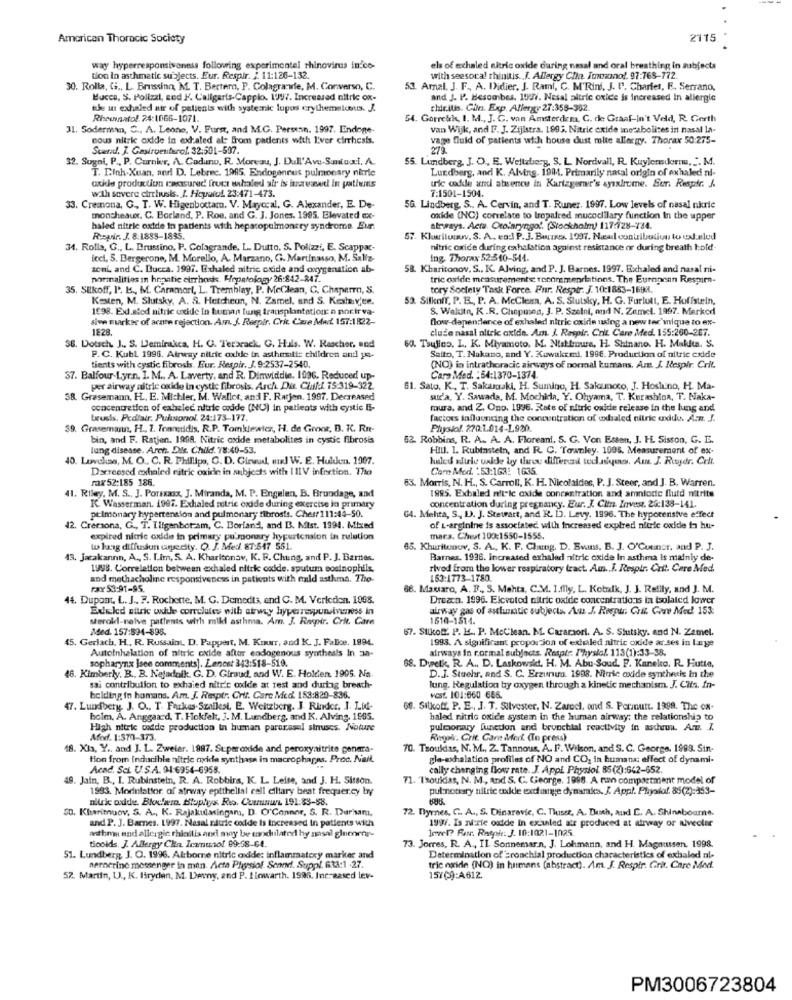
American Thoracic Society
2115
way hyperresponsiveness following experimentel rhinovirus in co-
els of exhaled nitric oxide during nasal and oral breathing in subjects
tion in asthmatic subjects. Eur. Respir. / 11:126-132.
with seesoca! rhinitis. J. Allergy Clin. Immuno !. 97:768-772.
30. Rolla, G ., L. Brussinn, M. T. Bertem, P. Colagranule, M. Converso, C.
53. Amal. J. F ., A. Didier, J. Rami, C. M'Rini, J. I', Charfel, F. Serrano,
Mucca, S. Polizzi, sed F. Caligaris-Cappio. 197. Increased nitric ox-
and J. P. Besombes. 1997. Nesal altric oxide is increased In allergic
the in exhaled atr of patients with systemic lupos crythemelcous. J.
chir.ilis. Giln. Exp. Allergy 27:358-352.
Rhewinatol. 24:1066-1071.
54. Gorrekk, I. M ., J. G. van Amsterdam, C. de Graaf-In't Veld, R. Gerth
31. Soderman, C ., A. Leone, V. Furst, and M.G. Personn. 1997. Endone
van Wijk, and F. J. Zijlstra, 1993. Nitric oxide inesabolites in nasal la-
nous nitric oxide in extated als from padents with L'ver cirrhosis.
vage fluid of patients with house dust molte allergy. Thorax 50:275-
Scared, J. Gastroenterol. 32:501-507.
272.
32. Sugal, P ., P. Curnier, A. Codunu, R. Moreau, J. Dall'Ave-Smiacti. A.
55. Lundberg, J. O ., E. Wellaberg, S. L. Nordvall, R. Kuylensierru, ". M.
T. D.Inh-Xuan, and D. Lebrec. 1985. Endogenous pulmonary nimrie
Lundberg, and K. Alving. 1941. Primarily nacal origin of exhaledi ni-
axkle production caccunud fruct whaled air is increased in patients
with sovere currhusks. I. Hopeful. 23:471-473.
ric oxfile and absence in Karizgerner's ayıxlrome. Ber. Respir. A.
7:1501-1504.
33. Cremona, G ., T. W. Higenbottam. V. Maryccal, G. Alexander, E. De-
56. Lindberg, S .. A. Cervin, and T. Runer. 1997. Low levels of nasal nkrie
moncheaux. C. Borland, P. Roe, and G. J. Jones. 1995. Elevated ex-
oxide (NC) correlate to tropafred mucocillary function In the upper
haled nitric oxide in patients with hepatopulmoncry syndrome. Eur.
airways. Acta. Otolaryngol. (Stockholm) 117:128-184.
Regir. J. 8:1883-1835.
57. Kluciluwww. S. A. eod P. J. Buire. 1997. Nul contribution to ex.eled
34. Rolla, G ., L. Drussino. P. Colagrande. L. Dutto, S. Polizzi, E. Scappac-
nitric oxide during exhalstica against resistance or during breath hold
iccl. S. Bergerone, M. Morello, A. Marzano, G. Martinasso, M. Sallz-
Ing Thorax 52:340-544.
toni, and C. Bucca. 1997. Exhaled nitric oxide and oxygenation ab-
58. Kharitonov. S ., K. Alving, and P. J. Barnes. 1997. Exchaled and nasal ni-
normalities in hepatic cirrhose. Hepatology 26:842-247.
tric oxide measurements recommendations. The European Respirn-
35. Silkoff, P. K ., M. Chramarl, L. Tremblay, P. MeClean, C. Cheperro, S.
tory Society Task Force. Fur. Resptr. J. 10:1883-1698.
Kosten, M. Slutsky, A. S. Hetcheon, N. Zamel, and S. Keslav'ee.
53. Silknir, P. E ., P. A. McClean, A. S. Slutsky, H. G. Furlott, E. Hoffstein,
1998. Ext.sied nitric oxide in human tung transplantation: n porir va-
S. Wakitn, K.R. Chopina, J. P. Szelni, and N. Zamel. 1997. Marked
sive marker of acate rejection. Am. J. Respir, Cri. Care Mwt. 157:1822-
flow-dependance of exhaled nitric oxide using a new tec'mique to ex-
1828
cluże nasal nitric oxide. Am. J. Respir. Crit Care Med. 155:260-207.
$6. Dotsch. J ., S. Demirakca, H. G. Terbrack, G. Hals. W. Rascher, and
60. Tsujico. L. K. Miyamoto, M. Niskimwe, H. Shinano. H. Makita. S.
P.C. Kubl 1996. Atrway nitric oxide in asthesitie children and ye-
Salto, T. Nakano, and Y. Kawakemi. 1996. Production of nitric cxide
tients with cystic fibrosis. Eur. Respir. J. 9:2537-2540.
(NO) in intrathoracic airways of normal humans. Am. J. Respir Crit.
$7. Balfour-Lyr.n. I. M ., A. Laverty, and R. Dinwiddie. 1996. Reduced up-
Care Med. : 54:1370-1374.
per airway nitric oxide in cystic fibrosis. Arch. Die Chuff 15:319-322
61. Sato, K, T. Sakamaki, H. Suming, H. Saloumoco, J. Hosiuno, H. Ma-
SB. Grasemann, H ., E. Michler, M. Wallet, and F. Rarjen. 1997. Decreased
sur'a, Y. Sawada, M. Mochida, Y. Ohyama, T. Kurashion, T. Naka-
concentration of exhele nitric oxide (NU) in patients with cystic E-
mura, and Z. Ono. 1996. Rate of nitric oxide release in the lung and
trusis, Pediair. Pulsionol. 24:173-177.
factors influencing the concentration of exhaled nitric enddu. A.m. J.
39. Grasemann, H ., 2. Tranetidis, R.P. Tomkiewicz, H. de Groot, B. K. Rnt-
Physiol. 270:1.914-L920.
bin, and F. Ratjen. 1998. Nitric oxide metabolites in cystic fibrosis
52. Robbins, R. A ., A. A. Floreani. S. G. Von Essen, J. H. Sisson, G. E.
lung disease. Arch. Dis. Child. 78:40-53.
Hill. 1. Rubinstein, and R. C. Townley. 1995. Measurement of ex-
40. Lowckas, M. O ., C. R. Phillips, C. D. Girwud, mu! W. E. Hulken. 1907.
hale's adirle valde by three differend today. Am J. Roydr. Crit.
Dareesed exhaled nitric oxide in subjects with IIIV infection. The
Care Med. : 53:163: 1635.
rax 52:185 186.
63. Morris, N. H ., S. Carroll, K. H. Nicolaides, P. J. Steer, and J. B. Warren.
41. Riley, M. S ., J. Porsasx, J. Miranda, M. P. Engelen, B. Brundage, and
1995. Exhaled nitric oxide concentration and amniode fluid nitrite
K. Wasserman. 1997. Exhaled nitric oxide during exercise in primary
concentration during pregnancy. Eur. J. Citn. Invest. 25:138-141.
pulmonary hypertension and pulmonary tibrosts. Chest 111:44-50.
64. Mehta, S. L. J. Stewart, and R. D. Levy. 1996. The hypotensive effect
42. Crersona, G ., T. Iligenbot-am, C. Borfand, and B. Mist. 1994. Mixed
of L-arginine is associated with Increased expired nitric oxide ta hu-
expired nitric oxide in primary pulmonary hypertension in rulution
mars. Chest 100:1550-1555.
w lang diffusun usecity. O. J. Med. 87:547 551.
65. Khuritonow, S. A ., K. F. Chung. D. Evans, B. J. O'Connor, and P. J.
43. Jatakannn, A ., S. I.Im, S. A. Kharitonav, K. R. Chung, and P. J. Barnes.
Barnes. 1936. increated exhalad nitric oxide In asthma Is mainly de-
1998. Correlation between exhaled nitric oxide. sputum eosinophils,
rived from the lower respiratory tract. Am .... Respir Crit. Care Med.
and methacholine responsiveness in patients with rald asthma. The-
163:1773-1780.
Fax 53:91-95.
66. Mausaro, A. F ., S. Mehta, C.M. I.fly, L. Kobik, J. J. Reilly, and J. M.
44. Dupont, L. J ., F. Rochette, M. G. Demedts, and C. M. Verleden. 1998.
Dreacn. 1996. Elcvoted nitric oxide concentrations in isolated lower
Edeled citric wide conclutes with airway hyperresponsiveness in
airway gas of asthuuntic subjects, An .J. Roeptr, Crit. Gouv Med 153:
sterold-neive patients with mild asthma. Am. J. Respir. Crit. Care
1610-1514.
Med. 157:594-898.
57. Stikoff. P. E. P. McClean. M. Carariori. A. S. Slutsky. and N. Zamel.
45. Gerlach, H ., R. Russaint D. Pappert, M. Kour, and K. J. Falke. 1994.
1993. A significant proporcjon of esteled nitric oxide ar ses in Lage
airways In normal subjects. Respir. Physiol. 113(1):33-38.
sopharynx lace comments]. Lancet 343:518-519.
Autoinhalation of nitric oxide after endogenous synthesis In 3a-
46. Kimberly. B ., B. Nejadolk. G. D. Giraud, and W. E. Holden. 1905. Na-
68. Dyretk, R. A ., D. Laskowski. H. M. Abu-Soud. F. Kaneko, R. Futte,
D.J. Stuehr, and S. C. Erzunura. 1998. Nitric oxide synthesis in the
sai contribution to exhaied nitric oxide at rest and during breach-
lung. Regulation by oxygen through a kinetic mechanism. J. Cits. In-
belding in homans. Am. J. Resptr. Crif. Care Med. 153:820-836.
vest. 101:060 666.
47. Lundbery. J. O ., T. Farkas-Szallesi. E. Weitzberg. J. Rinder. I. Lid-
69. Silkoff. P. E ., J. T. Silvester, N. Zaroci, and S. Pormunt. 1999. The ox-
holm, A. Anggaard. T. Hokfelt, J. M. Lundberg, and K. Alving. 1895.
haled nitric oxide system in the human airway: the relationship to
High nitric oxide production In human parurasel struses. Notre
pulmonary function and bronchial reactivity in ascheun. Am. I.
Med. 1:370-373.
Rngoir. Crit. Care Merk. (To press)
18. Xix, Y ., and J. L. Zweier. 1987. Superoxide and peroxynitrite genera-
70. Tsoulias, N. M ., 2. Tannous, A. F. Wilson, and S. C. George. 1998. Sin-
Hon from inducible nitric oxide synthase in macrophages. Proc. Nail.
ple-exhalation profiles of NO and CO, in humana: effect of dynami-
Acad. Sci. U.S.A. 94:6954-6955.
cally changing flow rate. J. Appl Physiol. 85(2):662-652.
49. Jain. B ., I. Rubinstein, R. A. Robbins, K. L. Leise, and J. H. Sitson.
71. Taouklas, N. M ., And S. C. George. 1998. A run compartment model of
1983. Modulattor. of afrway epithelial call ciliary beat frequercy by
pulmonary nitric oxide exchange dynamies. J. Appl. Physlof. 85(2):353-
nitric oxide. Blocwro. Biophys Rio. Ceunun 191:83-88.
50. Kharimuov, S. A ., K. Rajakulmingam, D. O'Connor, S. R. Durham,
72. Byrnes, C. A ., S. Dinarevic, C. Thuser, A. Duh, and C. A. Shinabourne.
and P. J. Barnes. 1997. Nasal nitric oxide is increased in patients with
1997. Is nurie oxide In exialed atr produced at airway or alveoler
asthma and allergic rhinitis and may be tandulated hy nasal glumenr-
Invel? Fr. Respir: J. 10:1021-1025.
ticoids. J. Allergy Cha. Icamunof 89:58-64.
73. Jorres, R. A ., IL Sonnemar.n. J. Lohmann, and H. Magnussen. 1998.
51. Lundberg, J. O. 1996. Airborne nitric oxide: inflammatory marker and
Determination of Bronchial production characteristics of exhaled nl-
nernering messenger in man. Acta Physiol Scand. Suppl. 633:1 -27.
tric oxide (NO) in humans (abstract). Am. J. Respir. Gri. Care Med.
52. Martin, U ., K. Bryden, M. Deny, and P. I inwarth. 1998. Ine-Based lev-
15709:A612.
PM3006723804